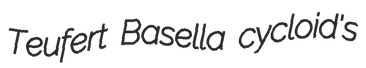
Teufert Basella cycloid's